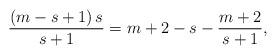
LaTeX: \begin{align*}\frac{\left( m-s+1\right) s}{s+1}=m+2-s-\frac{m+2}{s+1}, \end{align*}